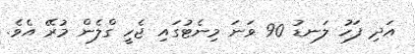
އަދި ފަހު ލަނޑު 90 ވަނަ މިނެޓުގައި ޖެހީ ގްލެން މުރޭ އެވެ.